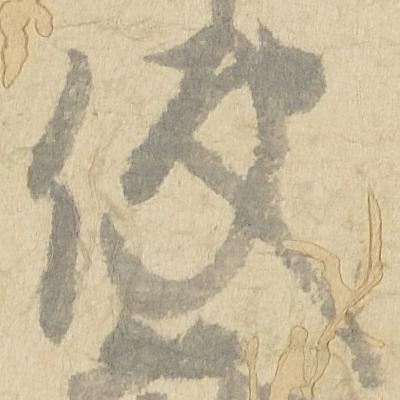
使